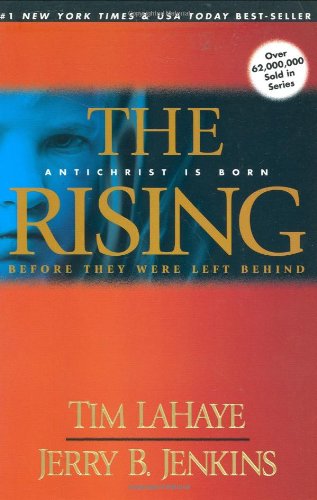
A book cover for The Rising: Antichrist Is Born (Before They Were Left Behind, Book 1); Tim LaHaye; Christian Books & Bibles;